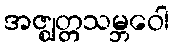
အဇ္ဈတ္တသမ္ဘဝေါ